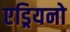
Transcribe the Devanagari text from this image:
एड्रियनो